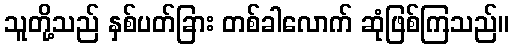
သူတို့သည် နှစ်ပတ်ခြား တစ်ခါလောက် ဆုံဖြစ်ကြသည်။